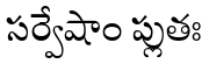
సర్వేషాం ప్లుతః